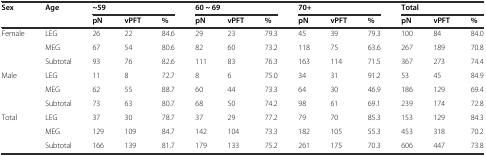
<table><thead><tr><td rowspan="2"><b>Sex</b></td><td><b>Age</b></td><td colspan="3"><b>~59</b></td><td colspan="3"><b>60 ~ 69</b></td><td colspan="3"><b>70+</b></td><td colspan="3"><b>Total</b></td></tr><tr><td></td><td><b>pN</b></td><td><b>vPFT</b></td><td><b>%</b></td><td><b>pN</b></td><td><b>vPFT</b></td><td><b>%</b></td><td><b>pN</b></td><td><b>vPFT</b></td><td><b>%</b></td><td><b>pN</b></td><td><b>vPFT</b></td><td><b>%</b></td></tr></thead><tbody><tr><td rowspan="3">Female</td><td>LEG</td><td>26</td><td>22</td><td>84.6</td><td>29</td><td>23</td><td>79.3</td><td>45</td><td>39</td><td>79.3</td><td>100</td><td>84</td><td>84.0</td></tr><tr><td>MEG</td><td>67</td><td>54</td><td>80.6</td><td>82</td><td>60</td><td>73.2</td><td>118</td><td>75</td><td>63.6</td><td>267</td><td>189</td><td>70.8</td></tr><tr><td>Subtotal</td><td>93</td><td>76</td><td>82.6</td><td>111</td><td>83</td><td>76.3</td><td>163</td><td>114</td><td>71.5</td><td>367</td><td>273</td><td>74.4</td></tr><tr><td rowspan="3">Male</td><td>LEG</td><td>11</td><td>8</td><td>72.7</td><td>8</td><td>6</td><td>75.0</td><td>34</td><td>31</td><td>91.2</td><td>53</td><td>45</td><td>84.9</td></tr><tr><td>MEG</td><td>62</td><td>55</td><td>88.7</td><td>60</td><td>44</td><td>73.3</td><td>64</td><td>30</td><td>46.9</td><td>186</td><td>129</td><td>69.4</td></tr><tr><td>Subtotal</td><td>73</td><td>63</td><td>80.7</td><td>68</td><td>50</td><td>74.2</td><td>98</td><td>61</td><td>69.1</td><td>239</td><td>174</td><td>72.8</td></tr><tr><td rowspan="3">Total</td><td>LEG</td><td>37</td><td>30</td><td>78.7</td><td>37</td><td>29</td><td>77.2</td><td>79</td><td>70</td><td>85.3</td><td>153</td><td>129</td><td>84.3</td></tr><tr><td>MEG</td><td>129</td><td>109</td><td>84.7</td><td>142</td><td>104</td><td>73.3</td><td>182</td><td>105</td><td>55.3</td><td>453</td><td>318</td><td>70.2</td></tr><tr><td>Subtotal</td><td>166</td><td>139</td><td>81.7</td><td>179</td><td>133</td><td>75.2</td><td>261</td><td>175</td><td>70.3</td><td>606</td><td>447</td><td>73.8</td></tr></tbody></table>